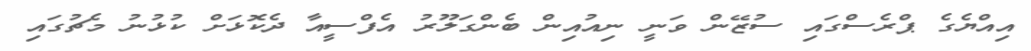
އިއްޔެގެ ޕްރެސްގައި ސުޒޭން ވަނީ ނިއުއިން ބެންގަލޫރު އެފްސީއާ ދެކޮޅަށް ކުޅުނު މެޗުގައި